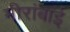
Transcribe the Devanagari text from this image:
मीरांबाई